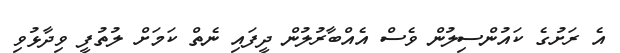
އެ ރަށުގެ ކައުންސިލުން ވެސް އެއްބާރުލުން ދީފައި ނެތް ކަމަށް ލުތުފީ ވިދާޅުވި